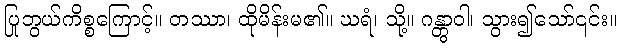
ပြုဘွယ်ကိစ္စကြောင့်။ တဿာ၊ ထိုမိန်းမ၏။ ဃရံ၊ သို့။ ဂန္တွာဝါ၊ သွား၍သော်၎င်း။